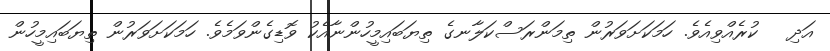
އަދި   ކުރެއްވިއެވެ. ހަމަކަށަވަރުން ތިމަންރަސްކަލާނގެ ތިޔަބައިމީހުންނާއެކު ވޮޑިގެންވަމެވެ. ހަމަކަށަވަރުން ތިޔަބައިމީހުން